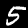
Label: 5